Indian journal of veterinary science and animal husbandry - Volume 1,
Year: 1931
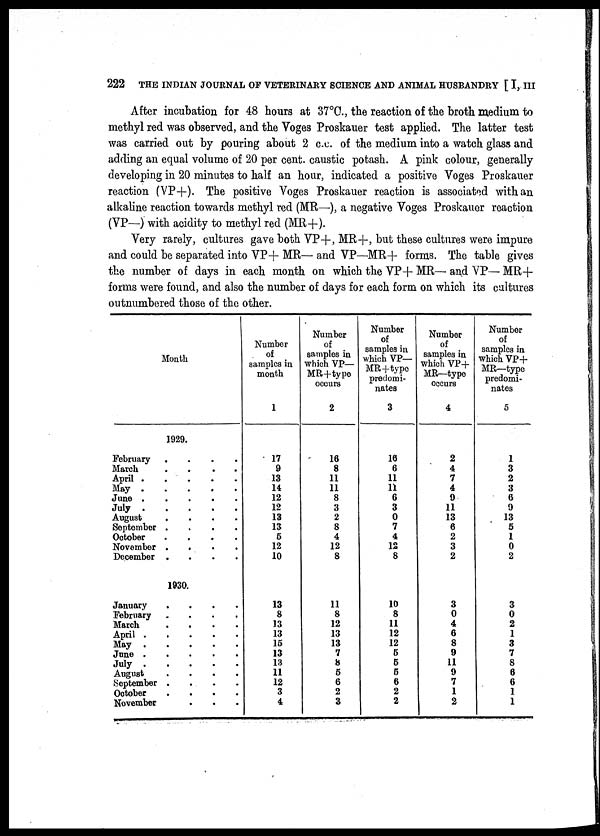
222 THE INDIAN JOURNAL OF VETERINARY SCIENCE AND ANIMAL HUSBANDRY [ I, III
After incubation for 48 hours at 37°C., the reaction of the broth medium to
methyl red was observed, and the Voges Proskauer test applied. The latter test
was carried out by pouring about 2 c.c. of the medium into a watch glass and
adding an equal volume of 20 per cent. caustic potash. A pink colour, generally
developing in 20 minutes to half an hour, indicated a positive Voges Proskauer
reaction (VP+). The positive Voges Proskauer reaction is associated with an
alkaline reaction towards methyl red (MR—), a negative Voges Proskauer reaction
(VP—) with acidity to methyl red (MR+).
Very rarely, cultures gave both VP+, MR+, but these cultures were impure
and could be separated into VP+ MR— and VP—MR+ forms. The table gives
the number of days in each month on which the VP+ MR— and VP— MR+
forms were found, and also the number of days for each form on which its cultures
outnumbered those of the other.
Month
1929.
February.
March .
April .
May .
June .
July .
August
September
October
November
December
.
.
.
.
.
.
.
.
.
.
.
.
.
.
.
.
.
.
.
.
.
.
.
.
.
.
.
.
.
.
.
.
.
1930.
January
.
.
.
.
February
March
April .
May .
June .
July .
August
September
October
November
.
.
.
.
.
.
.
.
. .
.
.
.
.
.
..
.
.
.
.
.
.
.
.
.
.
.
.
.
.
.
Number
of
samples in
month
1
17
9
13
14
12
12
13
13
5
12
10
13
8
13
13
15
13
13
11
12
3
4
Number
of
samples in
which VP—
MR+type
occurs
2
16
8
11
11
8
3
2
8
4
12
8
11
8
12
13
13
7
8
5
6
2
3
Number
of
samples in
which VP—
MR+type
predomi-
nates
3
16
6
11
11
6
3
0
7
4
12
8
10
8
11
12
12
5
5
5
6
2
2
Number
of
samples in
which VP+
MR—type
occurs
4
2
4
7
4
9
11
13
6
2
3
2
3
0
4
6
8
9
11
9
7
1
2
Number
of
samples in
which VP+
MR—type
predomi-
nates
5
1
3
2
3
6
9
13
5
1
0
2
3
0
2
1
3
7
8
6
6
1
1